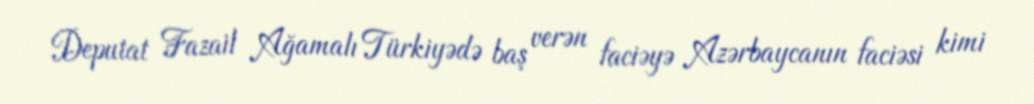
Deputat Fazail Ağamalı Türkiyədə baş verən faciəyə Azərbaycanın faciəsi kimi